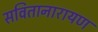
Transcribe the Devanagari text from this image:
सवितानारायण